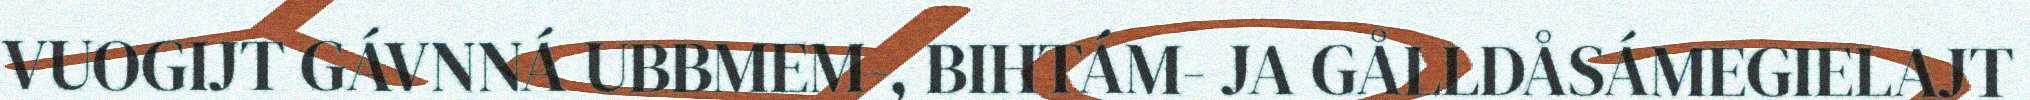
VUOGIJT GÁVNNÁ UBBMEM-, BIHTÁM- JA GÅLLDÅSÁMEGIELAJT